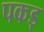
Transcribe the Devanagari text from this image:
पकड़़